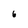
Character: 6